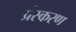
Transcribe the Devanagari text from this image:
प्रंस्करण